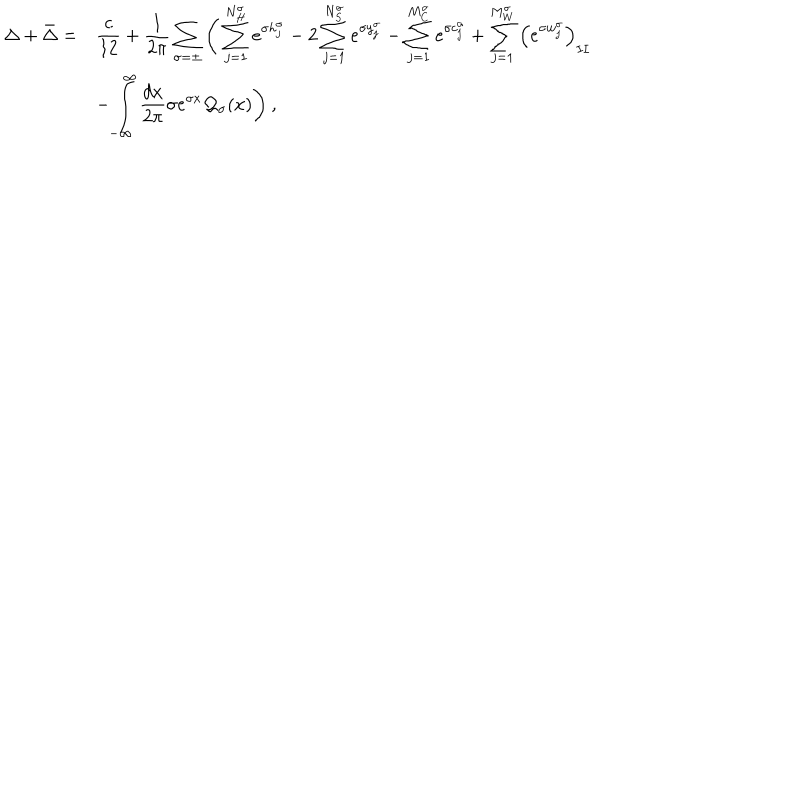
\begin{array} { r l } { { \displaystyle \Delta + \bar { \Delta } = } } & { { \displaystyle \frac { c } { 1 2 } + \displaystyle \frac { 1 } { 2 \pi } \displaystyle \sum _ { \sigma = \pm } \Bigg ( \displaystyle \sum _ { j = 1 } ^ { N _ { H } ^ { \sigma } } e ^ { \sigma h _ { j } ^ { \sigma } } - 2 \displaystyle \sum _ { j = 1 } ^ { N _ { S } ^ { \sigma } } e ^ { \sigma y _ { j } ^ { \sigma } } - \displaystyle \sum _ { j = 1 } ^ { M _ { C } ^ { \sigma } } e ^ { \sigma c _ { j } ^ { \sigma } } + \displaystyle \sum _ { j = 1 } ^ { M _ { W } ^ { \sigma } } \left( e ^ { \sigma w _ { j } ^ { \sigma } } \right) _ { I I } } } \\ { { } } & { { - \displaystyle \int _ { - \infty } ^ { \infty } \displaystyle \frac { d x } { 2 \pi } \sigma e ^ { \sigma x } { \cal Q } _ { \sigma } ( x ) \Bigg ) \: , } } \\ \end{array}